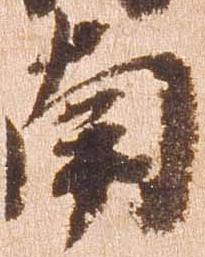
南